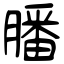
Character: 膰